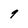
Character: 9